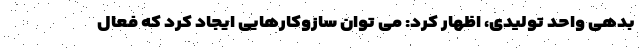
بدهی واحد تولیدی، اظهار کرد: می توان سازوکارهایی ایجاد کرد که فعال